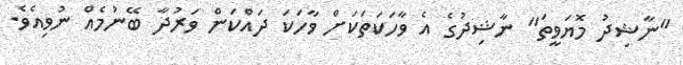
"ނާޝިދު މޮޔަވީތަ" ނާޝިދުގެ އެ ވާހަކަތަކަށް ވާހަކަ ދައްކަން ވަރުދާ ބޭނުމެއް ނުވިއެވެ.